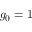
g _ { 0 } = 1